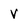
Character: v